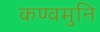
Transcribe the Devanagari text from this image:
कण्वमुनि